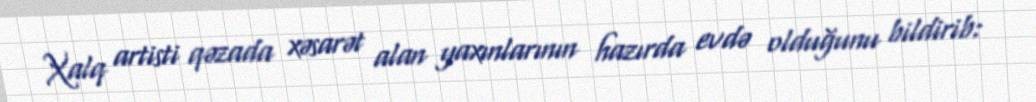
Xalq artisti qəzada xəsarət alan yaxınlarının hazırda evdə olduğunu bildirib: